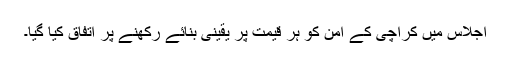
اجلاس میں کراچی کے امن کو ہر قیمت پر یقینی بنائے رکھنے پر اتفاق کیا گیا۔